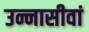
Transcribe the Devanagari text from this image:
उन्नासीवां